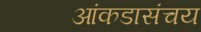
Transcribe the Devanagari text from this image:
आंकडासंचय